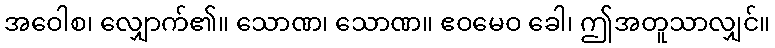
အဝေါစ၊ လျှောက်၏။ သောဏ၊ သောဏ။ ဧဝမေဝ ခေါ၊ ဤအတူသာလျှင်။